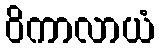
ဝိကာလာယံ